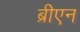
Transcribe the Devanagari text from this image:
ब्रीएन